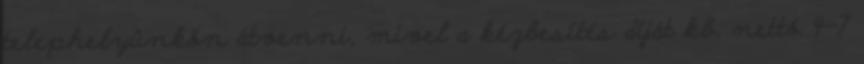
telephelyünkön átvenni, mivel a kézbesítés díját kb. nettó 4-7